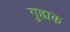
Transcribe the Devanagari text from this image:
गुह्मक